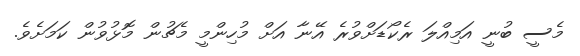
މެސީ ބުނީ އަމިއްލަ ރެކޯޑަށްވުރެ އޭނާ އަށް މުހިންމީ މެޗުން މޮޅުވުން ކަމަށެވެ.